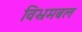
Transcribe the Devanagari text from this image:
विभ्रमबल